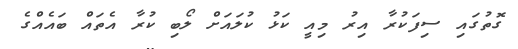
ގޮތުގައި ސިފަކުރާ އިރު މިއީ ކަޅު ކުލައަށް ލޯބި ކުރާ އެތައް ބައެއްގެ